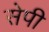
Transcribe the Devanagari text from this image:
सेपी